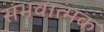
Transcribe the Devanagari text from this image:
संभवात्मक